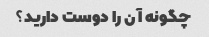
چگونه آن را دوست دارید؟